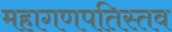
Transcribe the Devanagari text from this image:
महागणपतिस्तव